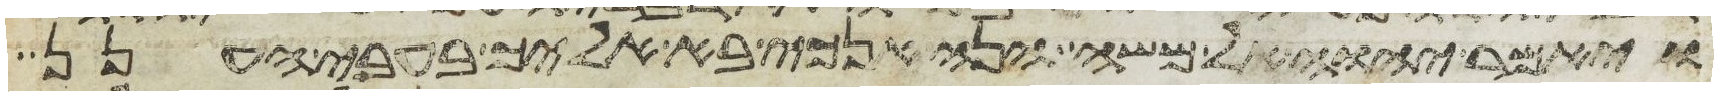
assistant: ויאמר יהוה אל משה הנה אנכי בא אליך בעבי הענן